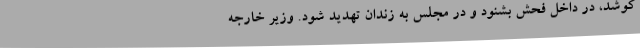
‌کوشد، در داخل فحش بشنود و در مجلس به زندان تهدید شود. وزیر خارجه